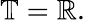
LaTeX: \mathbb{T}=\mathbb{R}.